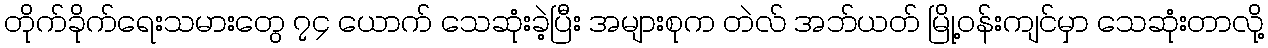
တိုက်ခိုက်ရေးသမားတွေ ၇၄ ယောက် သေဆုံးခဲ့ပြီး အများစုက တဲလ် အဘ်ယတ် မြို့ဝန်းကျင်မှာ သေဆုံးတာလို့